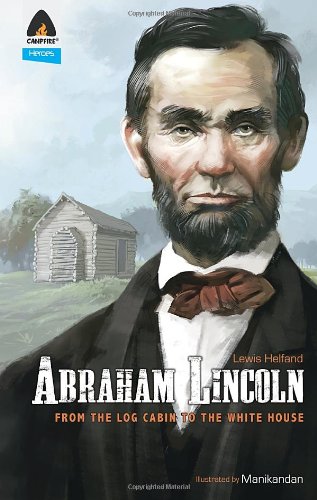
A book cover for Abraham Lincoln: From the Log Cabin to the White House: Campfire Heroes Line (Campfire Graphic Novels); Lewis Helfand; Children's Books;